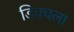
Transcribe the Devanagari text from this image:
डिवचला